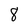
Character: 8